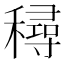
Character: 𥢛